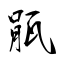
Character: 瓹